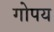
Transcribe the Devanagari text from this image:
गोपय